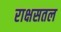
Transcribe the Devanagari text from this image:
राक्षसतल